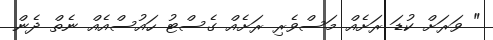
" ވަރަށް ކުޑަ ރަށެއް މަސްވެރި ރަށެއް ގެސްޓު ހައުސްއެއް ނެތް ދެން